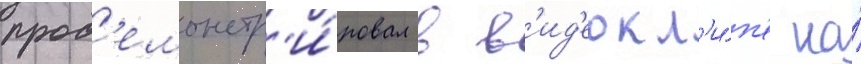
прод'емонстр'и́ровал в в'ид'еокл'и́п'е на́